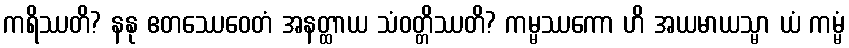
ကရိဿတိ? နနု ဧတဿေဝေတံ အနတ္ထာယ သံဝတ္တိဿတိ? ကမ္မဿကော ဟိ အယမာယသ္မာ ယံ ကမ္မံ